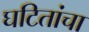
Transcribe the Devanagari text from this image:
घटितांचा